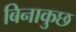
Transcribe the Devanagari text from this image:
बिनाकुछ